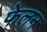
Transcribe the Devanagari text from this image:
फेलन